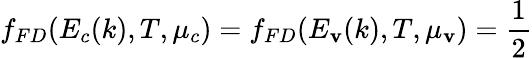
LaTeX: f_{FD}(E_{c}(k),T,\mu_{c})=f_{FD}(E_{\mathbf{v}}(k),T,\mu_{\mathbf{v}})=\frac{{1}}{{2}}